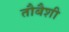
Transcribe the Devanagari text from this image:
तौबैशी